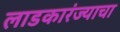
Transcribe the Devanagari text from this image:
लाडकारंज्याचा